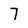
Character: 7